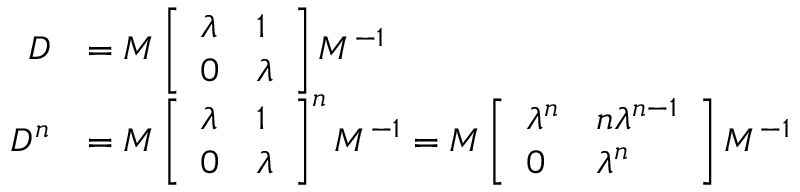
\begin{array} { r l } { D } & { = M \left[ \begin{array} { l l } { \lambda } & { 1 } \\ { 0 } & { \lambda } \end{array} \right] M ^ { - 1 } } \\ { D ^ { n } } & { = M \left[ \begin{array} { l l } { \lambda } & { 1 } \\ { 0 } & { \lambda } \end{array} \right] ^ { n } M ^ { - 1 } = M \left[ \begin{array} { l l } { \lambda ^ { n } } & { n \lambda ^ { n - 1 } } \\ { 0 } & { \lambda ^ { n } } \end{array} \right] M ^ { - 1 } } \end{array}